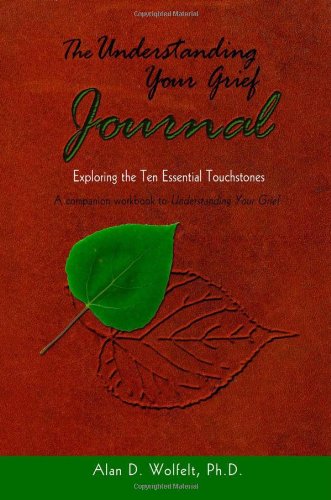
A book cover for The Understanding Your Grief Journal: Exploring the Ten Essential Touchstones; Alan D. Wolfelt PhD; Self-Help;